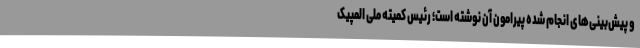
و پیش‌بینی‌های انجام شده پیرامون آن نوشته است؛ رئیس کمیته ملی المپیک